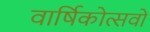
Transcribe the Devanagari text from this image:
वार्षिकोत्सवों